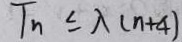
T _ { n } \leq \lambda ( n + 4 )